Calcutta medical institutions reports 1879-81 [i.e.91]
Year: 1879
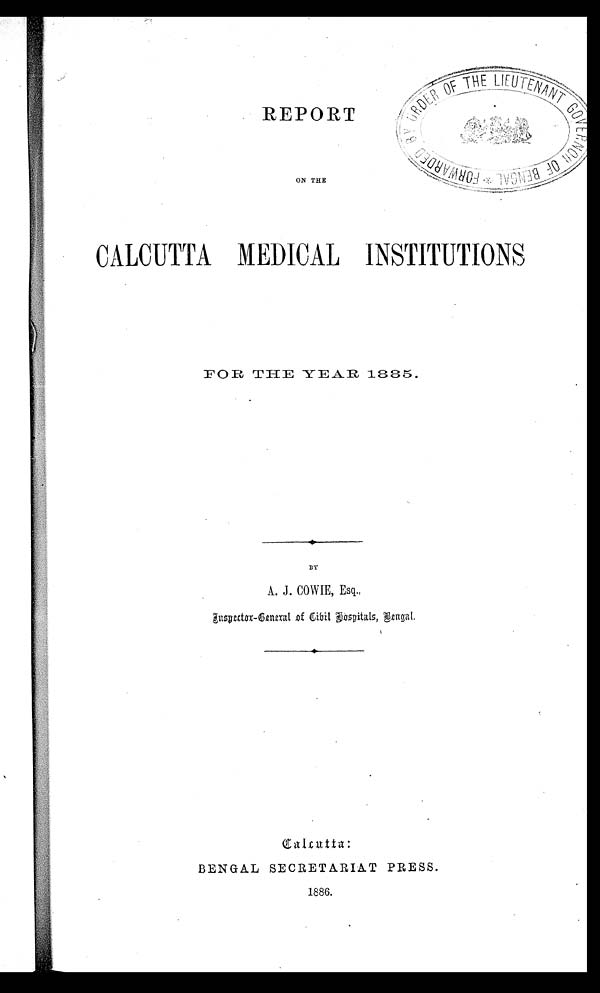
REPORT
CALCUTTA MEDICAL INSTITUTIONS
FOR THE YEAR 1885.
BY
•
A. J. COWIE, Esq.,
In spector-General of Hospitals, Bengal.
Calcutta:
BENGAL SECRETARIAT PRESS.
1886.